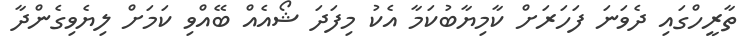
ތާރީހްގައި ދެވަނަ ފަހަރަށް ކާމިޔާބުކަމާ އެކު މިފަދަ ޝޯއެއް ބޭއްވި ކަމަށް ލިޔެވިގެންދާ